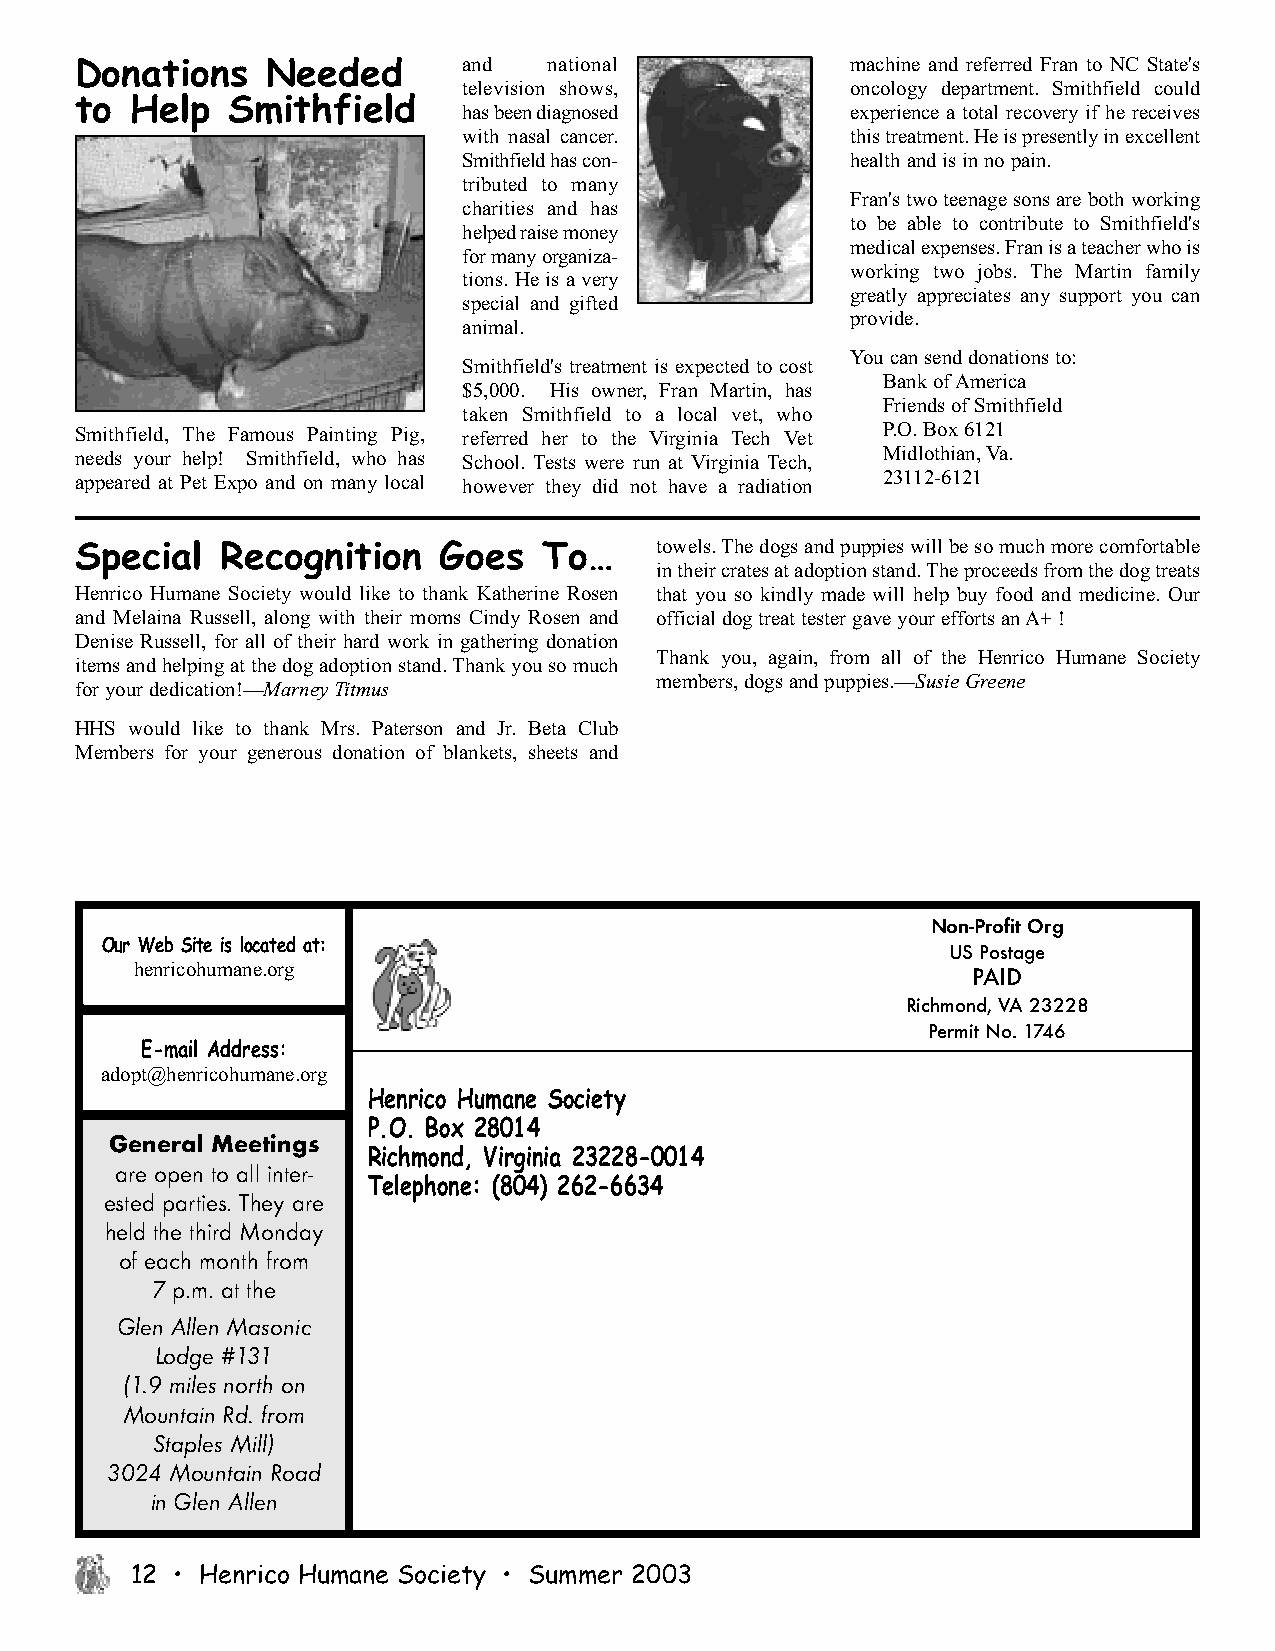
Donations    Needed       and  national            machine and referred Fran to NC State's
 television shows,        oncology department. Smithfield could
 to  Help  Smithfield
 has been diagnosed       experience a total recovery if he receives
 with nasal cancer.       this treatment. He is presently in excellent
 Smithfield has con-      health and is in no pain.
 tributed to many
 Fran's two teenage sons are both working
 charities and has
 to be able to contribute to Smithfield's
 helped raise money
 medical expenses. Fran is a teacher who is
 for many organiza-
 working two jobs. The Martin family
 tions. He is a very
 greatly appreciates any support you can
 special and gifted
 provide.
 animal.
 You can send donations to:
 Smithfield's treatment is expected to cost
 Bank of America
 $5,000. His owner, Fran Martin, has
 Friends of Smithfield
 taken Smithfield to a local vet, who
 Smithfield, The Famous Painting Pig, referred her to the Virginia Tech Vet P.O. Box 6121
 needs your help! Smithfield, who has School. Tests were run at Virginia Tech, Midlothian, Va.
 appeared at Pet Expo and on many local however they did not have a radiation 23112-6121
 Special   Recognition   Goes   To…    towels. The dogs and puppies will be so much more comfortable
 in their crates at adoption stand. The proceeds from the dog treats
 Henrico Humane Society would like to thank Katherine Rosen that you so kindly made will help buy food and medicine. Our
 and Melaina Russell, along with their moms Cindy Rosen and official dog treat tester gave your efforts an A+ !
 Denise Russell, for all of their hard work in gathering donation
 Thank you, again, from all of the Henrico Humane Society
 items and helping at the dog adoption stand. Thank you so much
 members, dogs and puppies.—Susie Greene
 for your dedication!—Marney Titmus
 HHS would like to thank Mrs. Paterson and Jr. Beta Club
 Members for your generous donation of blankets, sheets and
 Non-Profit Org
 Our Web Site is located at:
 US Postage
 henricohumane.org
 PAID
 Richmond, VA 23228
 Permit No. 1746
 E-mail Address:
 adopt@henricohumane.org
 Henrico Humane Society
 P.O. Box 28014
 General Meetings
 Richmond, Virginia 23228-0014
 are open to all inter-
 Telephone: (804) 262-6634
 ested parties. They are
 held the third Monday
 of each month from
 7 p.m. at the
 Glen Allen Masonic
 Lodge #131
 (1.9 miles north on
 Mountain Rd. from
 Staples Mill)
 3024 Mountain Road
 in Glen Allen
 12 • Henrico Humane Society • Summer 2003